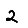
Digit: 2